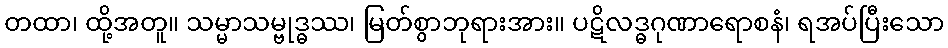
တထာ၊ ထို့အတူ။ သမ္မာသမ္ဗုဒ္ဓဿ၊ မြတ်စွာဘုရားအား။ ပဋိလဒ္ဓဂုဏာရောစနံ၊ ရအပ်ပြီးသော